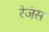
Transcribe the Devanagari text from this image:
रेजंस